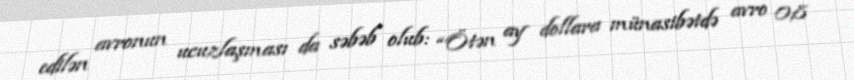
edilən avronun ucuzlaşması da səbəb olub: “Ötən ay dollara münasibətdə avro 0,8